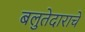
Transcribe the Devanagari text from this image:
बलुतेदाराचे